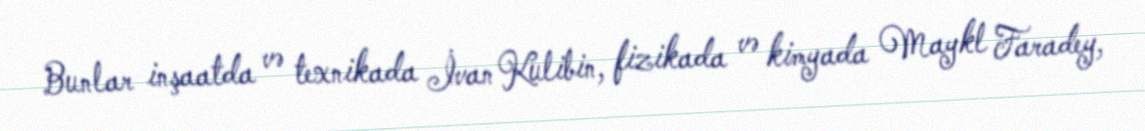
Bunlar inşaatda və texnikada İvan Kulibin, fizikada və kimyada Maykl Faradey,